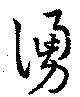
湧